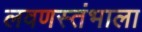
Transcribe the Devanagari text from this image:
लवणस्तंभाला